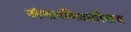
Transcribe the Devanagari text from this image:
अंकगणितातीलच